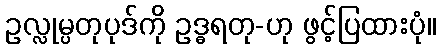
ဥလ္လုမ္ပတုပုဒ်ကို ဥဒ္ဓရတု-ဟု ဖွင့်ပြထားပုံ။